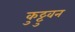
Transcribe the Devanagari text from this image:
कुट्टुवन